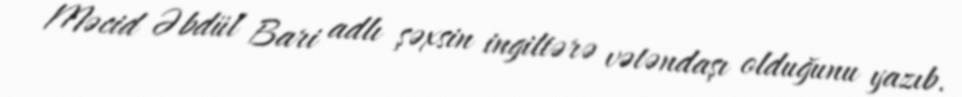
Məcid Əbdül Bari adlı şəxsin ingiltərə vətəndaşı olduğunu yazıb.